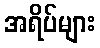
အရိပ်များ